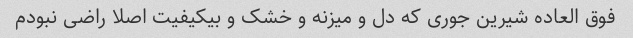
فوق العاده شیرین جوری که دل و میزنه و خشک و بیکیفیت اصلا راضی نبودم